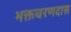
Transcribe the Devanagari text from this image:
भक्तचरणदास